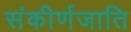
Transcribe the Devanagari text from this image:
संकीर्णजाति